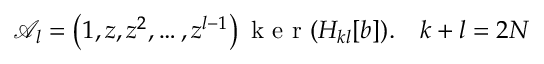
\begin{array} { r } { \mathcal { A } _ { l } = \left( 1 , z , z ^ { 2 } , \ldots , z ^ { l - 1 } \right) \mathrm { ~ k ~ e ~ r ~ } ( H _ { k l } [ b ] ) . \quad k + l = 2 N } \end{array}